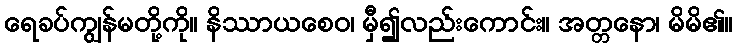
ရေခပ်ကျွန်မတို့ကို။ နိဿာယစေဝ၊ မှီ၍လည်းကောင်း။ အတ္တနော၊ မိမိ၏။